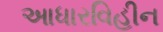
આધારવિહીન